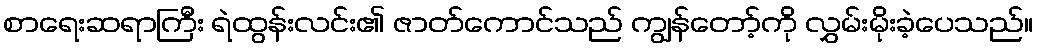
စာရေးဆရာကြီး ရဲထွန်းလင်း၏ ဇာတ်ကောင်သည် ကျွန်တော့်ကို လွှမ်းမိုးခဲ့ပေသည်။